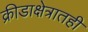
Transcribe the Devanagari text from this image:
क्रीडाक्षेत्रातही